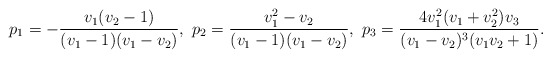
\begin{align*}p_1=-\frac{v_1 (v_2-1)}{(v_1-1) (v_1 - v_2)},\ p_2=\frac{v_1^2 - v_2}{(v_1-1) (v_1 - v_2)},\ p_3=\frac{4 v_1^2 (v_1 + v_2^2) v_3}{(v_1 - v_2)^3 (v_1 v_2+1)}.\end{align*}